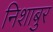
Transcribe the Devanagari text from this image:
निशाबुर